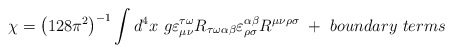
\begin{align*}\chi = \left( 128 \pi^2 \right) ^{-1} \int d^4 x~g \varepsilon_{\mu\nu}^{\tau \omega} R_{\tau \omega \alpha \beta} \varepsilon_{\rho\sigma}^{\alpha \beta} R^{\mu \nu \rho \sigma}~+~boundary~terms\end{align*}